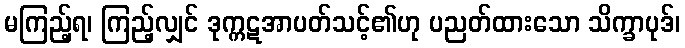
မကြည့်ရ၊ ကြည့်လျှင် ဒုက္ကဋအာပတ်သင့်၏ဟု ပညတ်ထားသော သိက္ခာပုဒ်၊